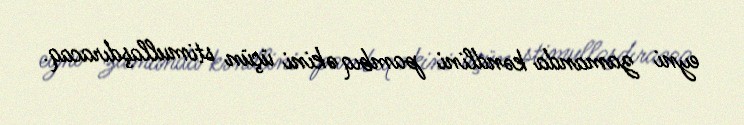
eyni zamanda kəndlini pambıq əkini üçün stimullaşdıracaq.